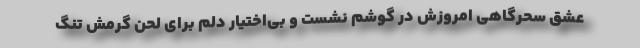
عشق سحرگاهی امروزش در گوشم نشست و بی‌اختیار دلم برای لحن گرمش تنگ